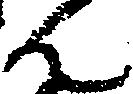
ん